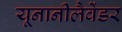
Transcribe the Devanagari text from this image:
यूनानीलैवेंडर